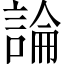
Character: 論